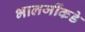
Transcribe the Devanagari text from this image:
भालजींकडे